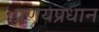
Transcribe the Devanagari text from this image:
प्रणयप्रधान